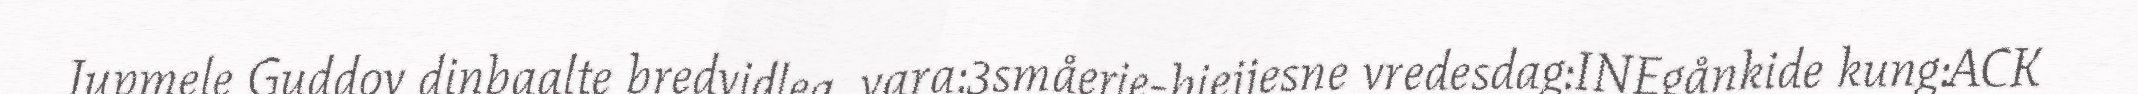
Jupmele Guddov dinbaalte bredvidlea, vara:3småerie-biejjesne vredesdag:INEgånkide kung:ACK